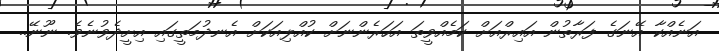
އަނެއްކާ އޭނަގެ ފަރާތުން އައިރްއަށް ކަމެއްވީތަ އަހަރެންނަށް ކުއްލިއަކަށް އެނދުމަތީގައި އިށީދެވުނެވެ. ނޫނޭ..